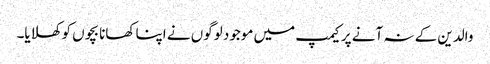
والدین کے نہ آنے پر کیمپ میں موجود لوگوں نے اپنا کھانا بچوں کو کھلایا۔